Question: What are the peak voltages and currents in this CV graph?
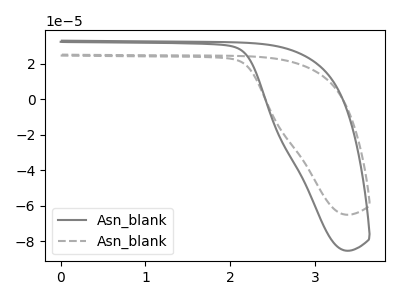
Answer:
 <answer>The gray curve "Asn_blank1" has no peaks. The gray dashed curve "Asn_blank2" has no peaks.</answer>
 <eval></eval>